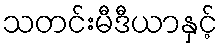
သတင်းမီဒီယာနှင့်